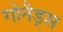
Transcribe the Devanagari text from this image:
गोनैड्स